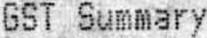
GST SUMMARY